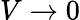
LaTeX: V\rightarrow 0